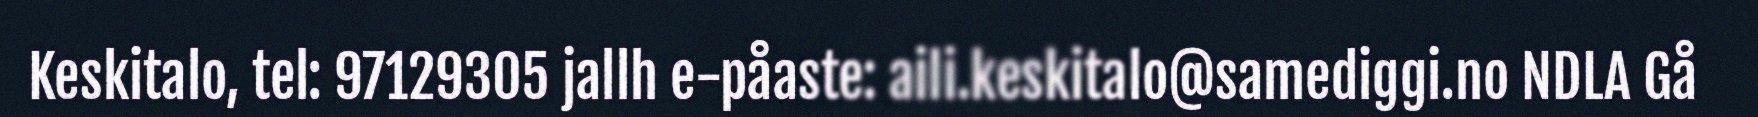
Keskitalo, tel: 97129305 jallh e-påaste: aili.keskitalo@samediggi.no NDLA Gå